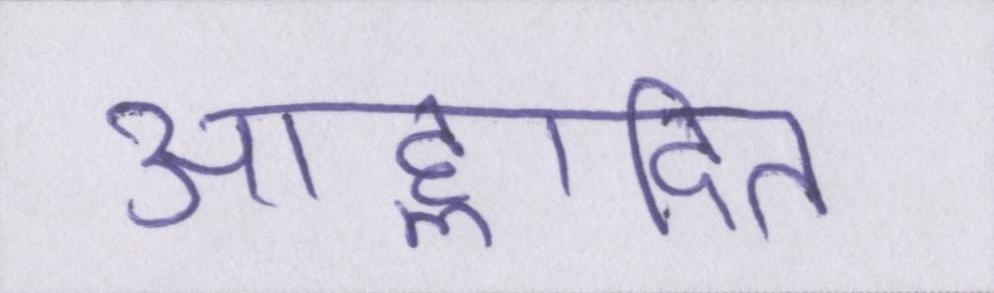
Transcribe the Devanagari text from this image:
आह्लादित